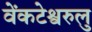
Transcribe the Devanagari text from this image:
वेंकटेश्वरुलु